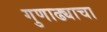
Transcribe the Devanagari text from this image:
गुणाढ्याचा